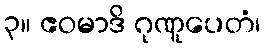
၃။ ဧဝမာဒိ ဂုဏူပေတံ၊